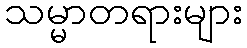
သမ္မာတရားများ